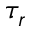
\tau _ { r }